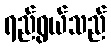
ရည်ရွယ်သည်